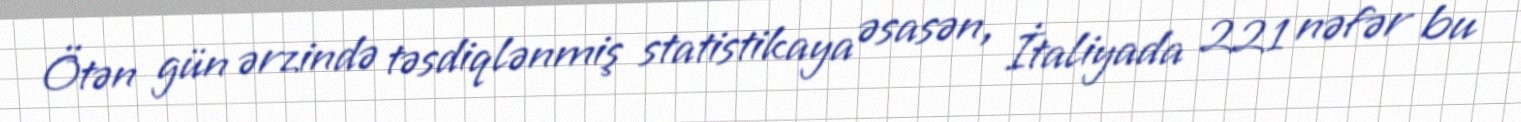
Ötən gün ərzində təsdiqlənmiş statistikaya əsasən, İtaliyada 221 nəfər bu